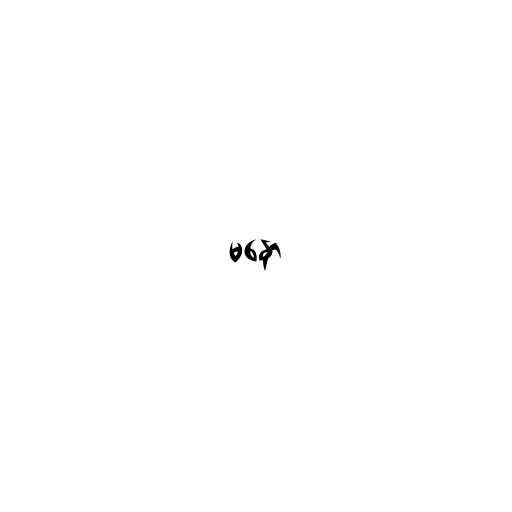
မနော